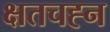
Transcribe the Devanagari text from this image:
क्षतचह्न